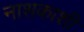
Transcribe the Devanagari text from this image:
नाशकाशी